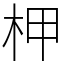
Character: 柙